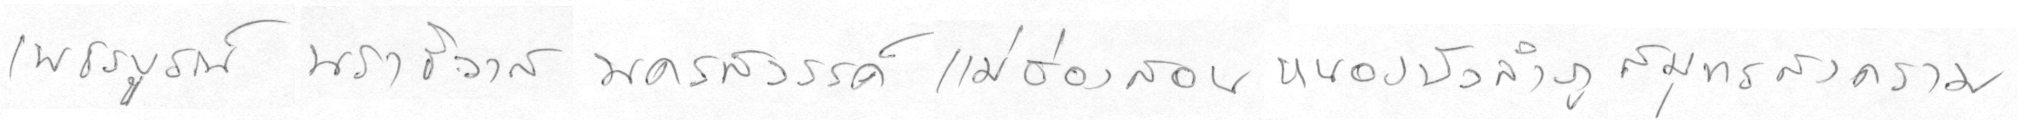
เพชรบรูณ์นราธิวาสนครสววรรค์แม่ฮ่องสอนหนองบัวลำภูสมุทรสงคราม